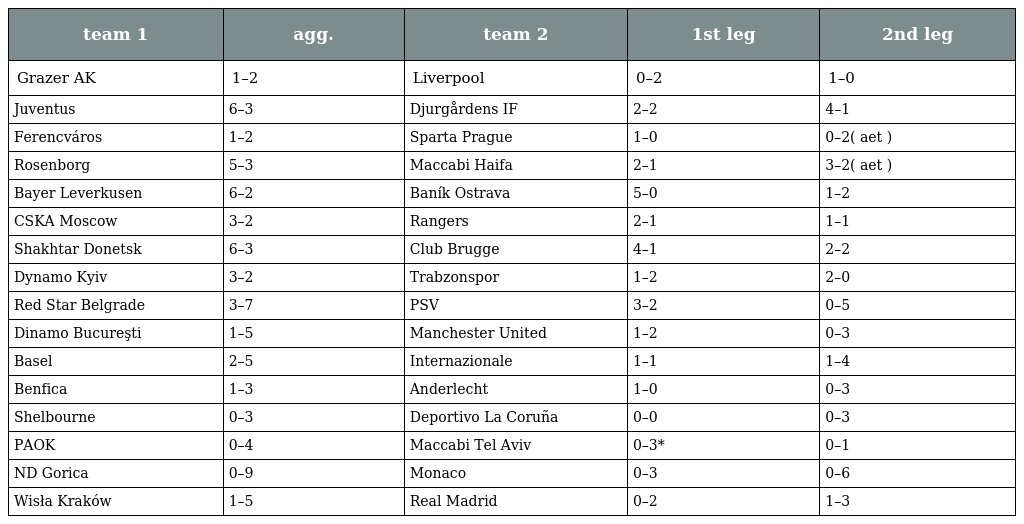
| team 1 | agg. | team 2 | 1st leg | 2nd leg |
 | --- | --- | --- | --- | --- |
 | Grazer AK | 1–2 | Liverpool | 0–2 | 1–0 |
 | Juventus | 6–3 | Djurgårdens IF | 2–2 | 4–1 |
 | Ferencváros | 1–2 | Sparta Prague | 1–0 | 0–2( aet ) |
 | Rosenborg | 5–3 | Maccabi Haifa | 2–1 | 3–2( aet ) |
 | Bayer Leverkusen | 6–2 | Baník Ostrava | 5–0 | 1–2 |
 | CSKA Moscow | 3–2 | Rangers | 2–1 | 1–1 |
 | Shakhtar Donetsk | 6–3 | Club Brugge | 4–1 | 2–2 |
 | Dynamo Kyiv | 3–2 | Trabzonspor | 1–2 | 2–0 |
 | Red Star Belgrade | 3–7 | PSV | 3–2 | 0–5 |
 | Dinamo Bucureşti | 1–5 | Manchester United | 1–2 | 0–3 |
 | Basel | 2–5 | Internazionale | 1–1 | 1–4 |
 | Benfica | 1–3 | Anderlecht | 1–0 | 0–3 |
 | Shelbourne | 0–3 | Deportivo La Coruña | 0–0 | 0–3 |
 | PAOK | 0–4 | Maccabi Tel Aviv | 0–3* | 0–1 |
 | ND Gorica | 0–9 | Monaco | 0–3 | 0–6 |
 | Wisła Kraków | 1–5 | Real Madrid | 0–2 | 1–3 |